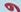
و